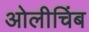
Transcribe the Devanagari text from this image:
ओलीचिंब